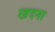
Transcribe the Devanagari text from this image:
खदना